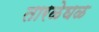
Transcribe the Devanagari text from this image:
तारळेघळ